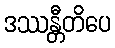
ဒဿန္တီတိပေ